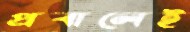
প্রবালেই